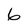
Character: 6